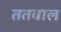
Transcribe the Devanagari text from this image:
ततवाल